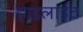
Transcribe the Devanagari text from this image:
हाइलाईट